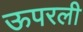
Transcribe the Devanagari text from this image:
ऊपरली